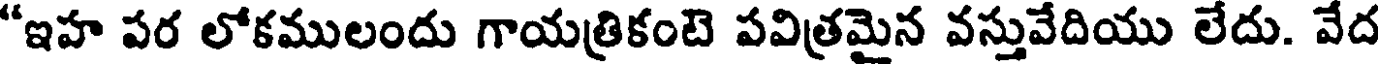
"ఇహ పర లోకములందు గాయత్రికంటె పవిత్రమైన వస్తువేదియు లేదు. వేద